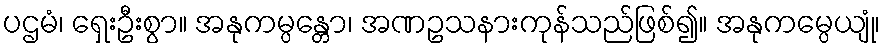
ပဌမံ၊ ရှေးဦးစွာ။ အနုကမ္ပန္တော၊ အဏဥသနားကုန်သည်ဖြစ်၍။ အနုကမ္ပေယျုံ၊